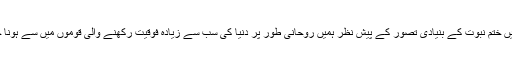
اسلام میں ختم نبوت کے بنیادی تصور کے پیش نظر ہمیں روحانی طور پر دنیا کی سب سے زیادہ فوقیت رکھنے والی قوموں میں سے ہونا چاہیے ۔